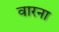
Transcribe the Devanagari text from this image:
वारना